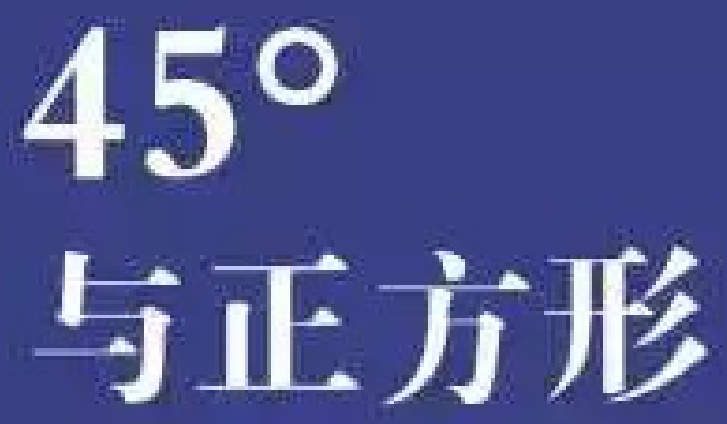
\(45^{\circ}\)
与正方形